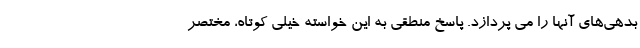
بدهی‌های آنها را می پردازد. پاسخ منطقی به این خواسته خیلی کوتاه، مختصر